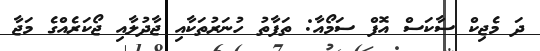
ދަ މެޖިކް ސާކަސް އޮފް ސަމޯއާ: ތަފާތު ހުނަރުތަކާއި ޖާދުލާއި ޖޯކަރެއްގެ މަޖާ